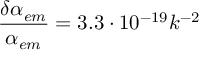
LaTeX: \frac { \delta \alpha _ { e m } } { \alpha _ { e m } } = 3 . 3 \cdot 1 0 ^ { - 1 9 } k ^ { - 2 }